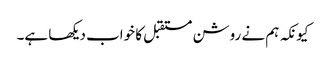
کیونکہ ہم نے روشن مستقبل کا خواب دیکھا ہے۔